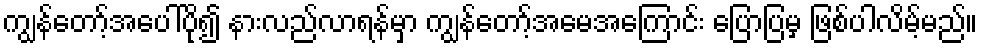
ကျွန်တော့်အပေါ်ပို၍ နားလည်လာရန်မှာ ကျွန်တော့်အမေအကြောင်း ပြောပြမှ ဖြစ်ပါလိမ့်မည်။